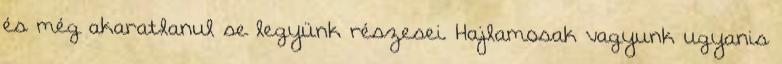
és még akaratlanul se legyünk részesei. Hajlamosak vagyunk ugyanis